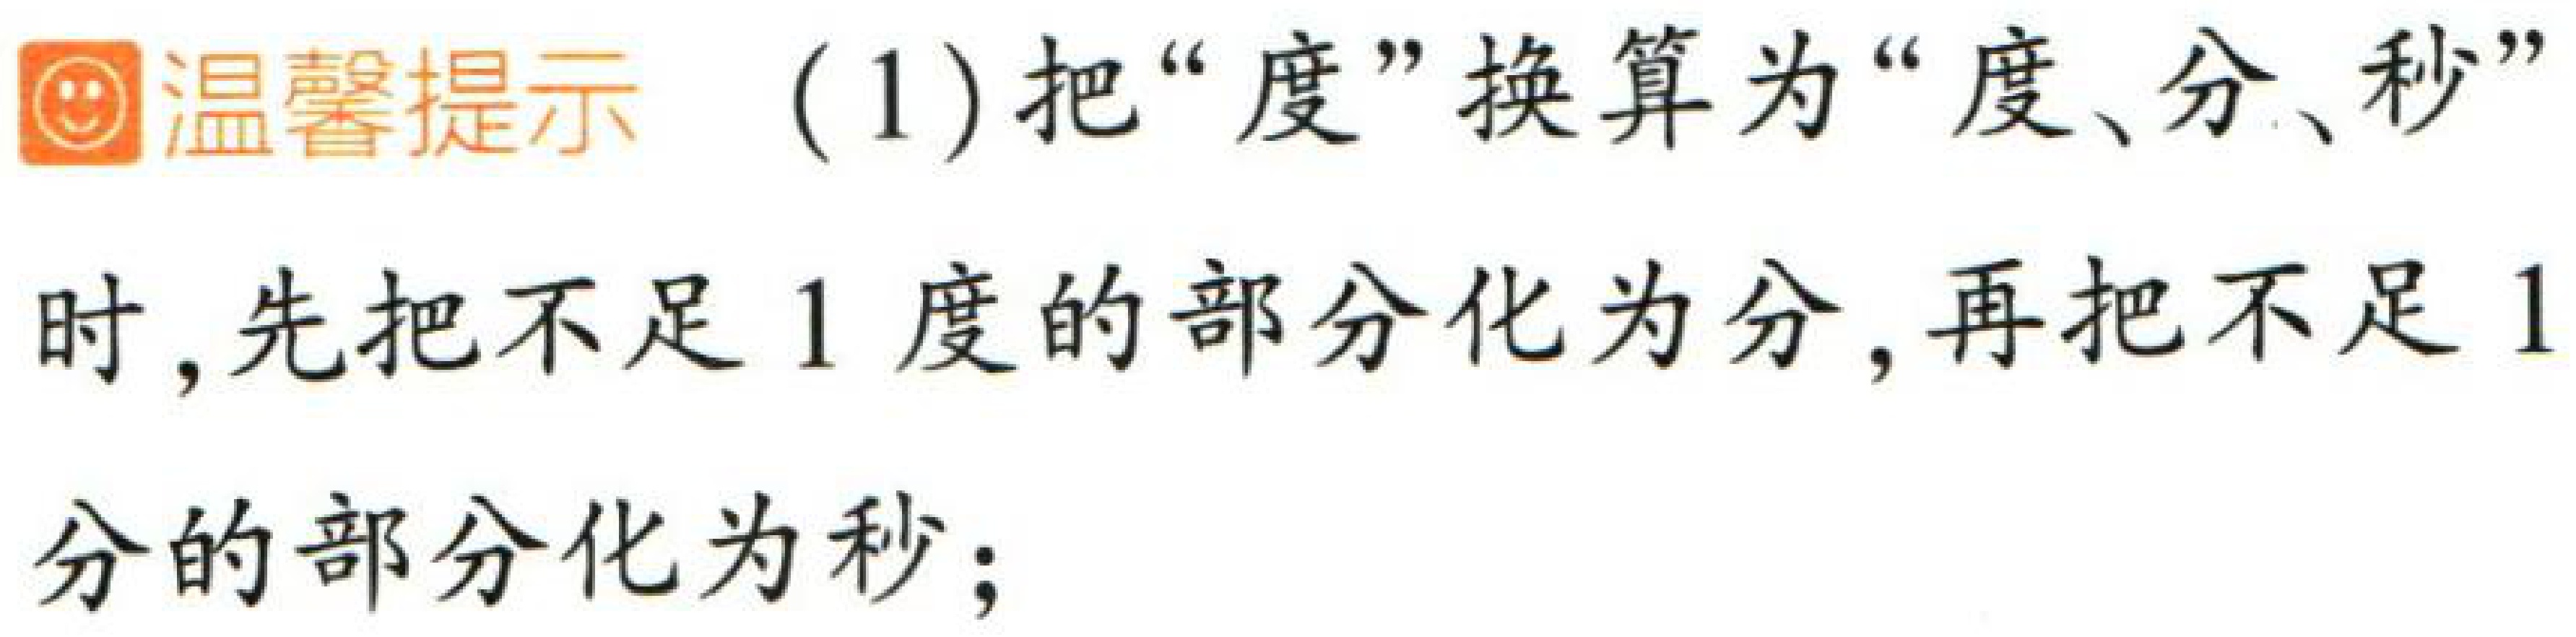
温馨提示 （1）把“度”换算为“度、分、秒”时，先把不足 1 度的部分化为分，再把不足 1分的部分化为秒；